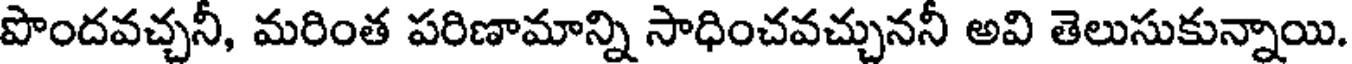
పొందవచ్చనీ, మరింత పరిణామాన్ని సాధించవచ్చుననీ అవి తెలుసుకున్నాయి.